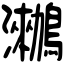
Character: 𪆵